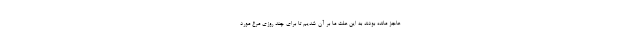
عاجز مانده بودند به این علت ما بر آن شدیم تا برای چند روزی مرغ مورد